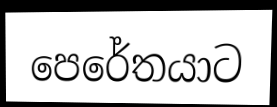
පෙරේතයාට